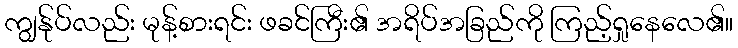
ကျွန်ုပ်လည်း မုန့်စားရင်း ဖခင်ကြီး၏ အရိပ်အခြည်ကို ကြည့်ရှုနေလေ၏။